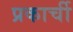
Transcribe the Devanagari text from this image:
प्रकार्ची